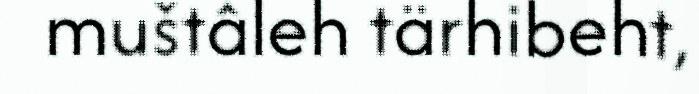
muštâleh tärhibeht,